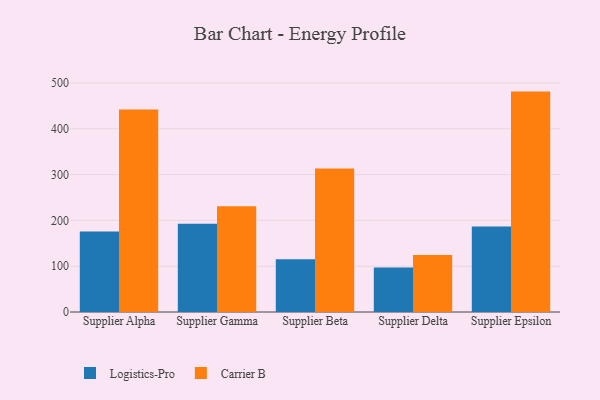
{"axis": {"x": "Supplier", "y": "Conversion Rate (%)"}, "legend": ["Carrier B", "Logistics-Pro"], "data": [{"x": "Supplier Alpha", "y": 175.9, "type": "Logistics-Pro"}, {"x": "Supplier Alpha", "y": 442.1, "type": "Carrier B"}, {"x": "Supplier Gamma", "y": 192.6, "type": "Logistics-Pro"}, {"x": "Supplier Gamma", "y": 231.1, "type": "Carrier B"}, {"x": "Supplier Beta", "y": 115.0, "type": "Logistics-Pro"}, {"x": "Supplier Beta", "y": 313.3, "type": "Carrier B"}, {"x": "Supplier Delta", "y": 97.1, "type": "Logistics-Pro"}, {"x": "Supplier Delta", "y": 124.4, "type": "Carrier B"}, {"x": "Supplier Epsilon", "y": 186.4, "type": "Logistics-Pro"}, {"x": "Supplier Epsilon", "y": 481.1, "type": "Carrier B"}]}